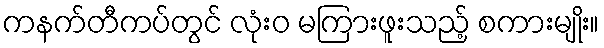
ကနက်တီကပ်တွင် လုံးဝ မကြားဖူးသည့် စကားမျိုး။